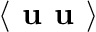
\langle \textbf { u u } \rangle